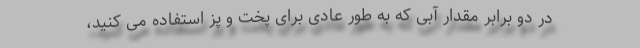
در دو برابر مقدار آبی که به طور عادی برای پخت و پز استفاده می کنید،